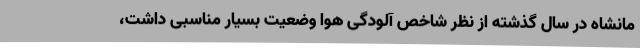
مانشاه در سال گذشته از نظر شاخص آلودگی هوا وضعیت بسیار مناسبی داشت،